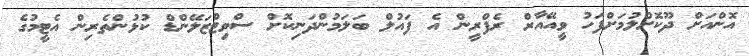
އޮންއަށް ދޫކޮށްލުމަށްފަހު ވީއޭއާރް ރެފްރީން އެ ފައުލް ބަލަމުންދަނިކޮށް ސްވިޓްޒަލޭންޑް ކުޅުންތެރިން އެޓީމުގެ